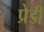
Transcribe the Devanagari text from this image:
प्रेडी